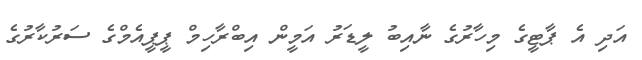
އަދި އެ ޕާޓީގެ މިހާރުގެ ނާއިބު ލީޑަރު އަމީން އިބްރާހިމް ޕީޕީއެމްގެ ސަރުކާރުގެ